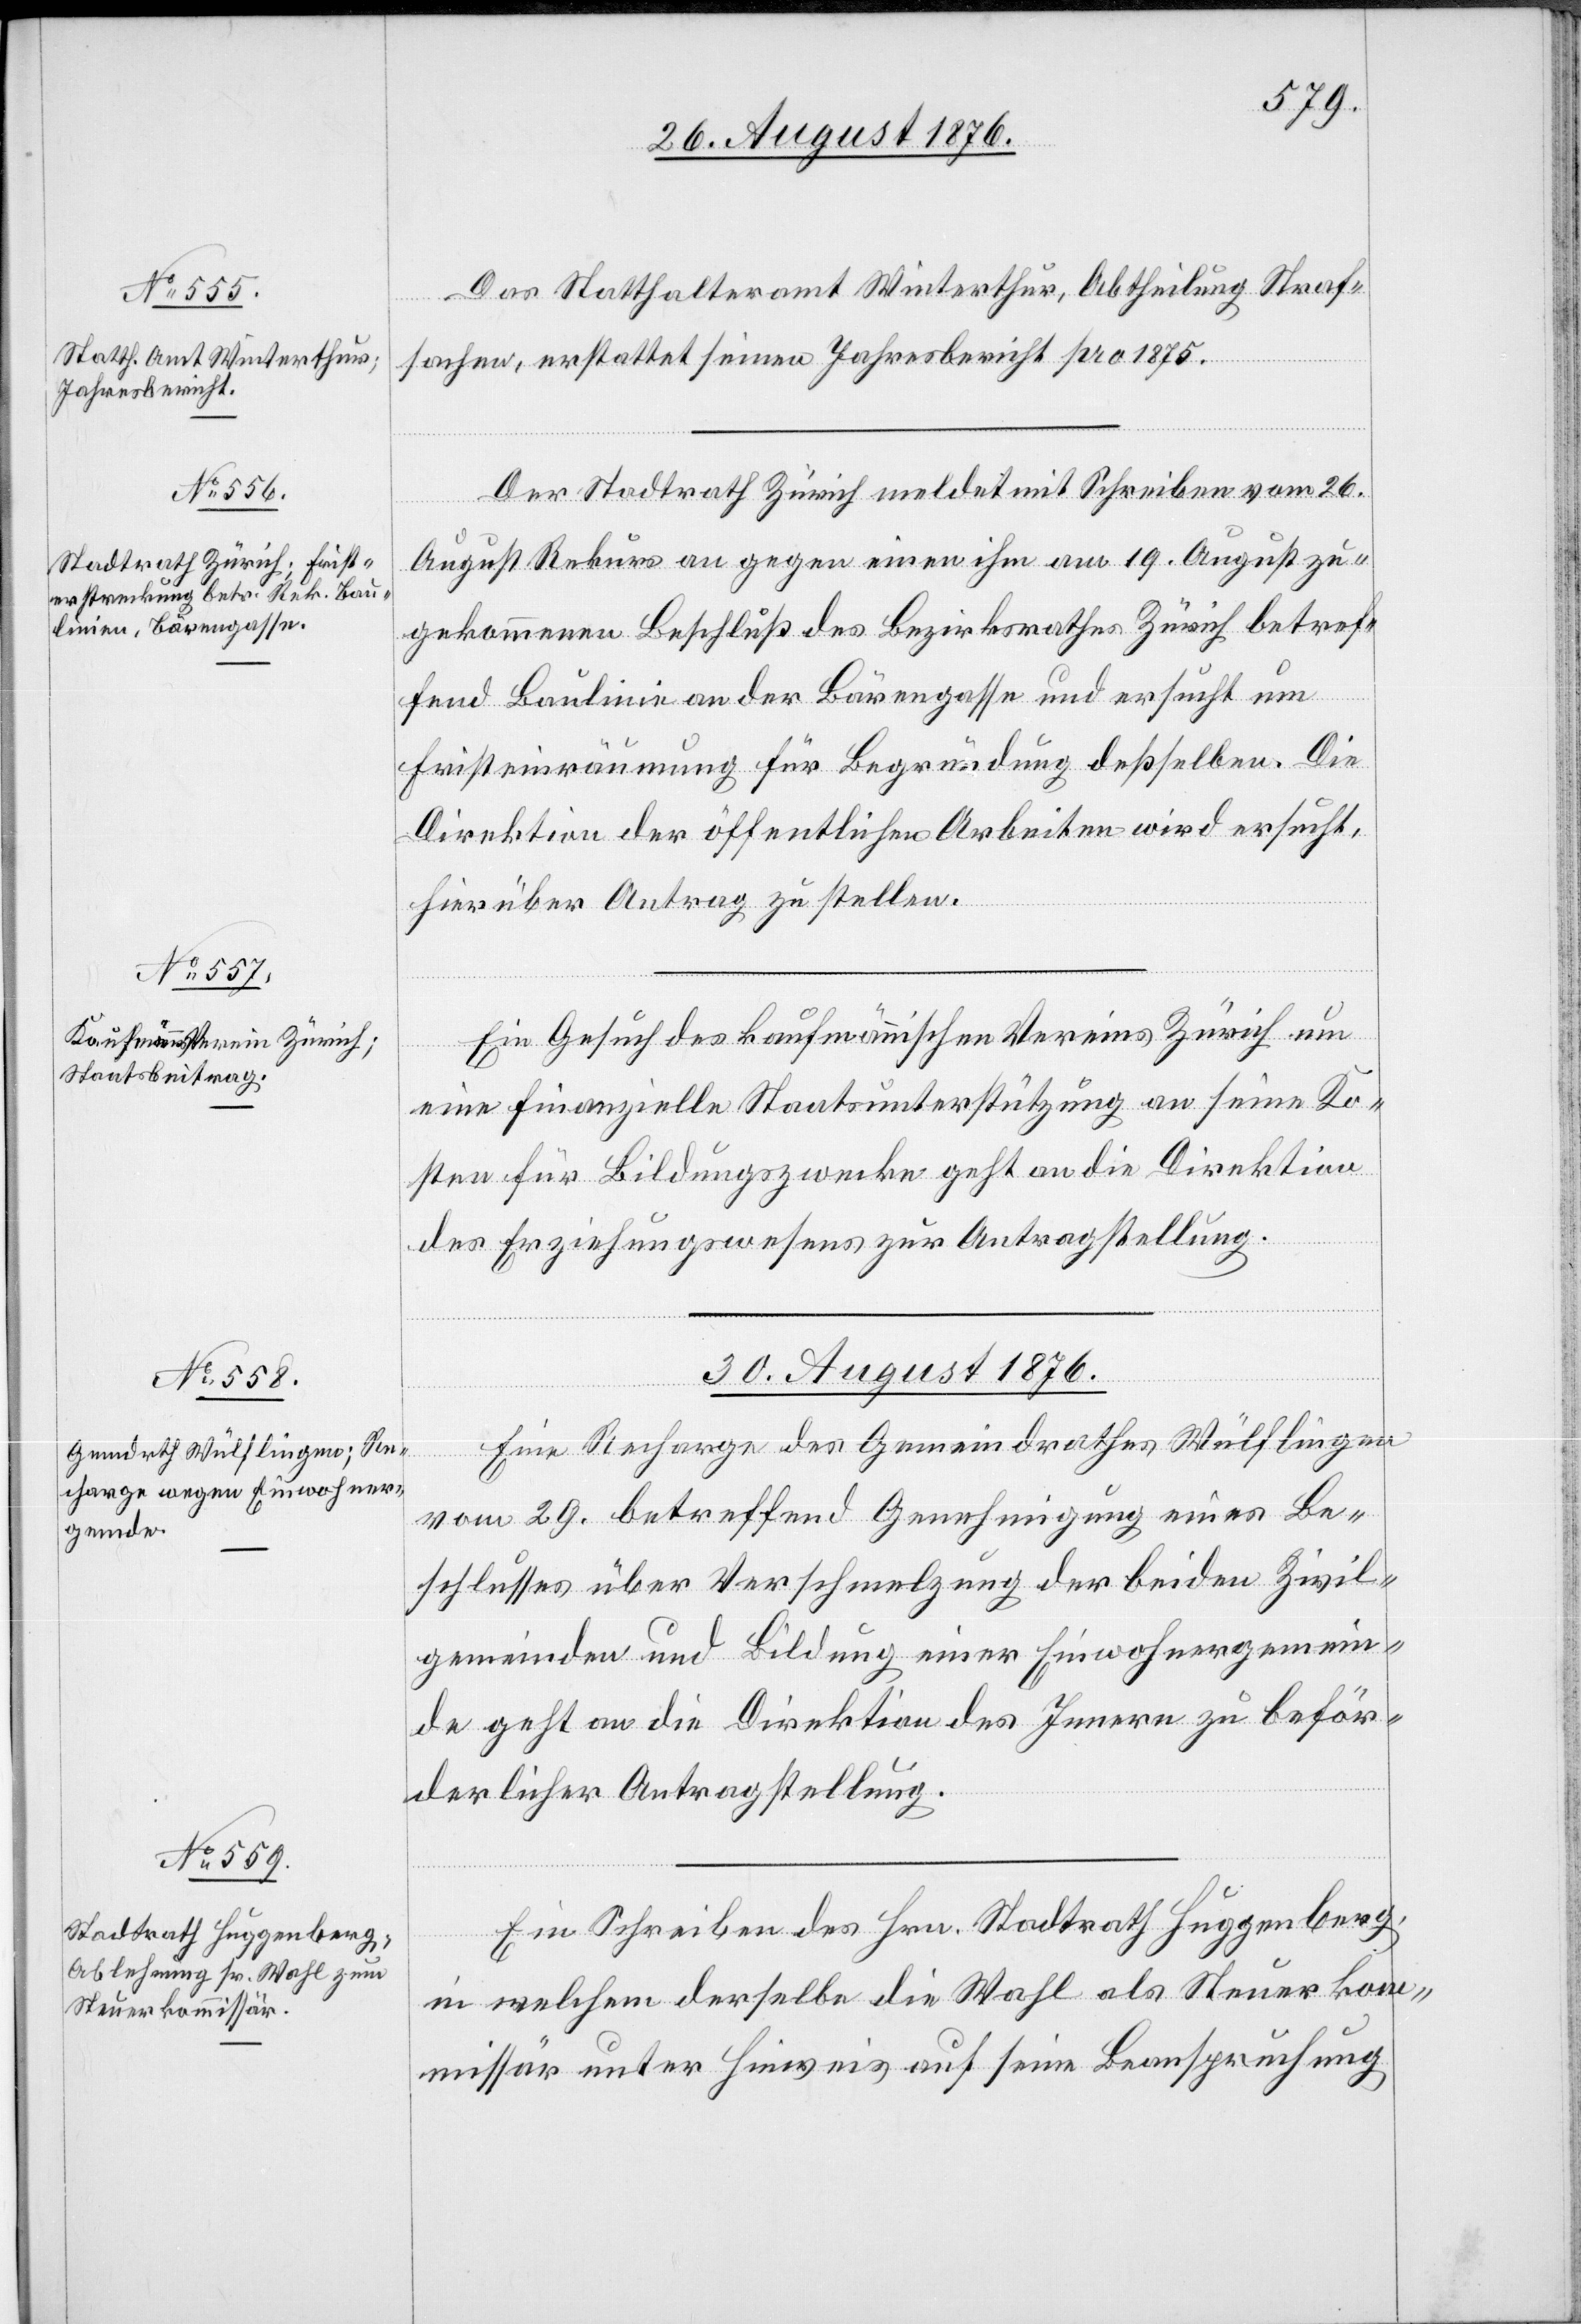
29. August 1876.]
Das Statthalteramt Winterthur, Abtheilung Straf¬
sachen, erstattet seinen Jahresbericht pro 1875.
Der Stadtrath Zürich meldet mit Schreiben vom 26.
August Rekurs an gegen einen ihm am 19. August zu¬
gekommenen Beschluß des Bezirksrathes Zürich betref¬
fend Baulinie an der Bärengasse und ersucht um
Fristeinräumung für Begründung deßselben. Die
Direktion der öffentlichen Arbeiten wird ersucht
hierüber Antrag zu stellen.
Ein Gesuch des kaufmännischen Vereins Zürich um
eine finanzielle Staatsunterstützung an seine Ko¬
sten für Bildungszwecke geht an die Direktion
des Erziehungswesens zur Antragstellung.
30. August 1876.]
Eine Recharge des Gemeindrathes Wülflingen
vom 29. betreffend Genehmigung eines Be¬
schlusses über Verschmelzung der beiden Zivil¬
gemeinden und Bildung einer Einwohnergemein¬
de geht an die Direktion des Innern zu beför¬
derlicher Antragstellung.
Ein Schreiben des Hrn. Stadtrath Huggenberg,
in welchem derselbe die Wahl als Steuerkom¬
missär unter Hinweis auf seine Beanspruchung